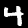
Digit: 4